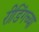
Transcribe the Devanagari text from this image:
रीडिंगच्या